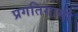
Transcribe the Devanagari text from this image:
प्रगतिगामी